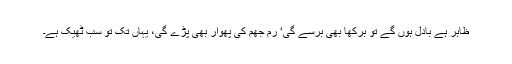
ظاہر ہے بادل ہوں گے تو برکھا بھی برسے گی‘ رم جھم کی پھوار بھی پڑے گی، یہاں تک تو سب ٹھیک ہے۔